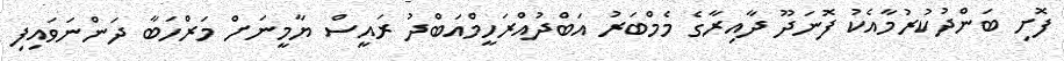
ފޮށި ބަންދުކުރުމާއެކު ފޮނަދޫ ދާއިރާގެ މެމްބަރު އަބްދުއްރަހީމްއަބްދު ރައީސް ޔާމީނަށް މަރްހަބާ ދަންނަވައިފި